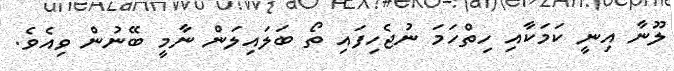
ލޫނާ އިނީ ކަމަކާއި ހިތްހަމަ ނުޖެހިފައި ތޯ ބަލައިލަން ނާމީ ބޭނުން ވިއެވެ.